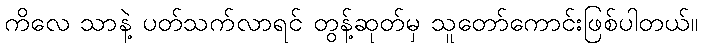
ကိလေ သာနဲ့ ပတ်သက်လာရင် တွန့်ဆုတ်မှ သူတော်ကောင်းဖြစ်ပါတယ်။